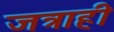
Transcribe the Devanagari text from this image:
जत्राही